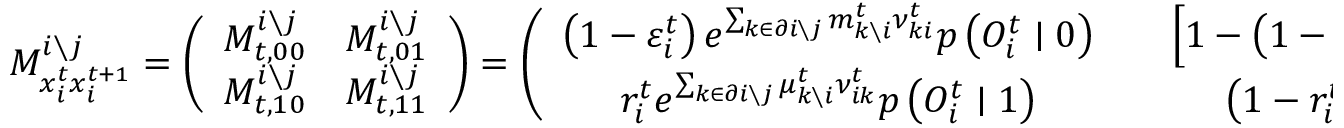
M _ { x _ { i } ^ { t } x _ { i } ^ { t + 1 } } ^ { i \setminus j } = \left( \begin{array} { c c } { M _ { t , 0 0 } ^ { i \setminus j } } & { M _ { t , 0 1 } ^ { i \setminus j } } \\ { M _ { t , 1 0 } ^ { i \setminus j } } & { M _ { t , 1 1 } ^ { i \setminus j } } \end{array} \right) = \left( \begin{array} { c c c } { \left( 1 - \varepsilon _ { i } ^ { t } \right) e ^ { \sum _ { k \in \partial i \setminus j } m _ { k \setminus i } ^ { t } { \nu } _ { k i } ^ { t } } p \left( O _ { i } ^ { t } \mid 0 \right) } & { } & { \left[ 1 - \left( 1 - \varepsilon _ { i } ^ { t } \right) e ^ { \sum _ { k \in \partial i \setminus j } m _ { k \setminus i } ^ { t } { \nu } _ { k i } ^ { t } } \right] p \left( O _ { i } ^ { t } \mid 0 \right) } \\ { r _ { i } ^ { t } e ^ { \sum _ { k \in \partial i \setminus j } \mu _ { k \setminus i } ^ { t } { \nu } _ { i k } ^ { t } } p \left( O _ { i } ^ { t } \mid 1 \right) } & { } & { \left( 1 - r _ { i } ^ { t } \right) e ^ { \sum _ { k \in \partial i \setminus j } \nu _ { i k } ^ { t } \mu _ { k \setminus i } ^ { t } } p \left( O _ { i } ^ { t } \mid 1 \right) } \end{array} \right)